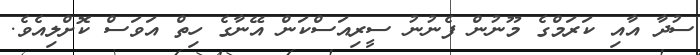
ސުދާ އާއި ކަރަމްގެ މޫނުން ފެނުނު ސީރިއަސްކަން އޭނާގެ ހިތް އަވަސް ކޮށްލިއެވެ.